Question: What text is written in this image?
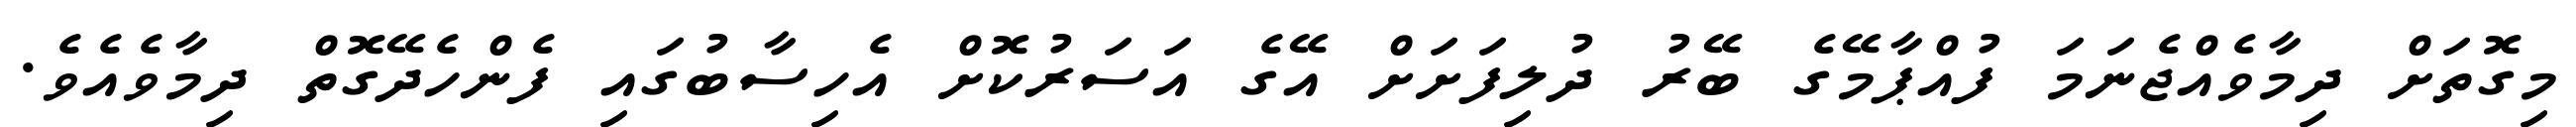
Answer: މިގޮތަށް ދިމާވެއްޖެނަމަ ފުއްޕާމޭގެ ބޭރު ދުލިފަށަށް އޭގެ އަސަރުކޮށް އެހިސާބުގައި ފެންހެދޭގޮތް ދިމާވެއެވެ.